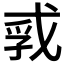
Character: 𪭐